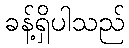
ခန့်ရှိပါသည်